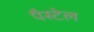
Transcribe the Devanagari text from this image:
पैस्टेल